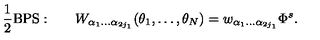
{ \frac { 1 } { 2 } } \mathrm { B P S : } \qquad W _ { \alpha _ { 1 } \ldots \alpha _ { 2 j _ { 1 } } } ( \theta _ { 1 } , \ldots , \theta _ { N } ) = w _ { \alpha _ { 1 } \ldots \alpha _ { 2 j _ { 1 } } } \Phi ^ { s } .